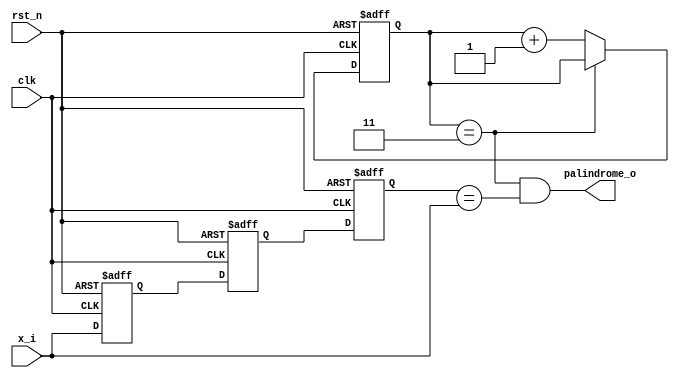
`timescale 1ns/1ps
module palindrome_3b (
  input   wire        clk,
  input   wire        rst_n,
  input   wire        x_i,
  output  wire        palindrome_o
);

//registers
  reg  [1:0] r_cnt;
  reg  r_x_t_1;
  reg  r_x_t_2;
  reg  r_x_t_2_temp;

  
//wires
  wire [1:0] nxt_cnt;
  

  always @(posedge clk or negedge rst_n) begin
    if (!rst_n) begin
      r_cnt         <= 2'b00;
      r_x_t_1       <= 1'b0;
      r_x_t_2       <= 1'b0;
      r_x_t_2_temp  <= 1'b0;
      
    end 
    else begin
      r_cnt      <= nxt_cnt;

      r_x_t_2_temp  <= r_x_t_2;
      r_x_t_2  <= r_x_t_1;
      r_x_t_1  <= x_i;
    end
  end
  

  //freez the counter logic @ count of 3 because @rst counter is already at 0 and after capturing 2 input 
  //it went to 2 and when 3rd input came it will move to locking state i.e 3. .
  assign nxt_cnt  = (r_cnt==2'b11) ? r_cnt : r_cnt + 2'b01;
  

  assign palindrome_o  = (r_cnt==2'b11) & (r_x_t_2_temp == x_i); //output logic

endmodule